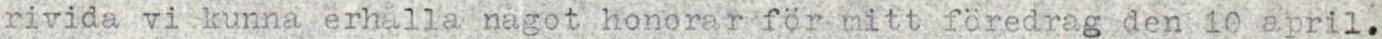
rivida vi kunna erhälla något honorar för mitt föredrag den 1o april.